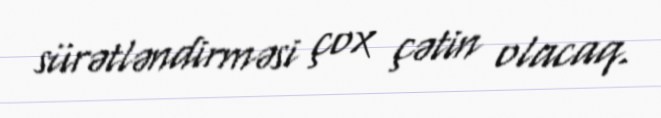
sürətləndirməsi çox çətin olacaq.